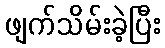
ဖျက်သိမ်းခဲ့ပြီး